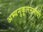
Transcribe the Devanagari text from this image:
अभ्यनुकूलनमापी